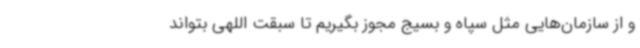
و از سازمان‌هایی مثل سپاه و بسیج مجوز بگیریم تا سبقت اللهی بتواند